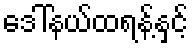
ဒေါ်နယ်ထရန့်နှင့်